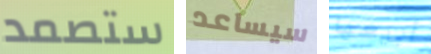
ستصمد سيساعد أبيعها